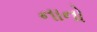
નાનો